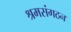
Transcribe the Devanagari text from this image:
श्रमसंगठन